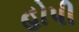
હોપી